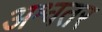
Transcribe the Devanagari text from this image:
अश्वतर